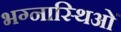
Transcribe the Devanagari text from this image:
भग्नास्थिओं